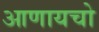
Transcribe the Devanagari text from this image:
आणायचो